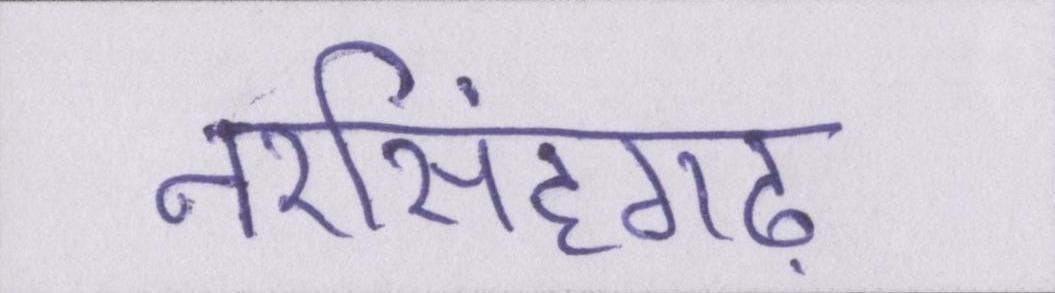
नरसिंहगढ़